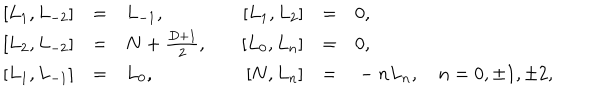
\begin{array} { r c l r c l } { { \left[ L _ { 1 } , L _ { - 2 } \right] } } & { { = } } & { { L _ { - 1 } , } } & { { \quad \left[ L _ { 1 } , L _ { 2 } \right] } } & { { = } } & { { 0 , } } \\ { { \left[ L _ { 2 } , L _ { - 2 } \right] } } & { { = } } & { { N + \frac { D + 1 } { 2 } , } } & { { \quad \left[ L _ { 0 } , L _ { n } \right] } } & { { = } } & { { 0 , } } \\ { { \left[ L _ { 1 } , L _ { - 1 } \right] } } & { { = } } & { { L _ { 0 } , } } & { { \quad \left[ N , L _ { n } \right] } } & { { = } } & { { { } - n L _ { n } , \quad n = 0 , \pm 1 , \pm 2 , } } \\ \end{array}